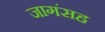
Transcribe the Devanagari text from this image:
जागंसह